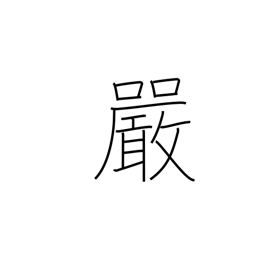
Meaning: strictness